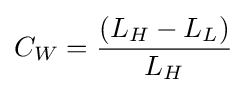
C_{W}={\frac {(L_{H}-L_{L})}{L_{H}}}